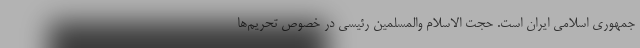
جمهوری اسلامی ایران است. حجت الاسلام والمسلمین رئیسی در خصوص تحریم‌ها